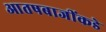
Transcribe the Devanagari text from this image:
आतषबाजींकडे